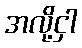
အလို့ငှါ